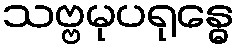
သဗ္ဗမုပရုန္ဓေ